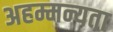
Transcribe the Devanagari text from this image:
अहम्मन्यता